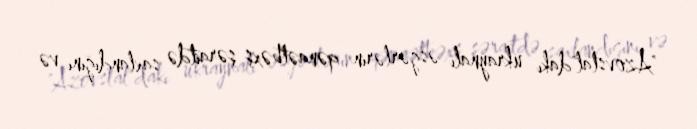
"Azovstal"dakı ukraynalı əsgərlərin qənaətbəxş şəraitdə saxlandığını və